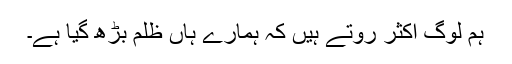
ہم لوگ اکثر روتے ہیں کہ ہمارے ہاں ظلم بڑھ گیا ہے۔